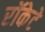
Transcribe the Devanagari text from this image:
रॉकेटे